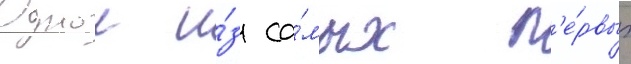
Однои и́з са́мых п'е́рвых